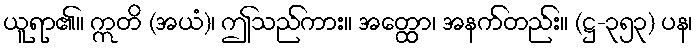
ယူရာ၏။ ဣတိ (အယံ)၊ ဤသည်ကား။ အတ္ထော၊ အနက်တည်း။ (ဋ္ဌ-၃၅၃) ပန၊